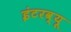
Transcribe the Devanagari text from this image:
इंटरव्‍यू